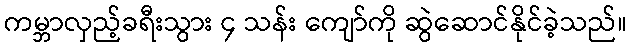
ကမ္ဘာလှည့်ခရီးသွား ၄ သန်း ကျော်ကို ဆွဲဆောင်နိုင်ခဲ့သည်။